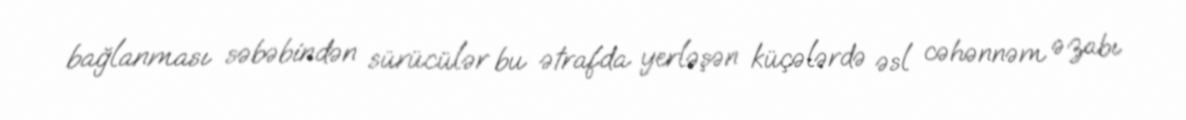
bağlanması səbəbindən sürücülər bu ətrafda yerləşən küçələrdə əsl cəhənnəm əzabı